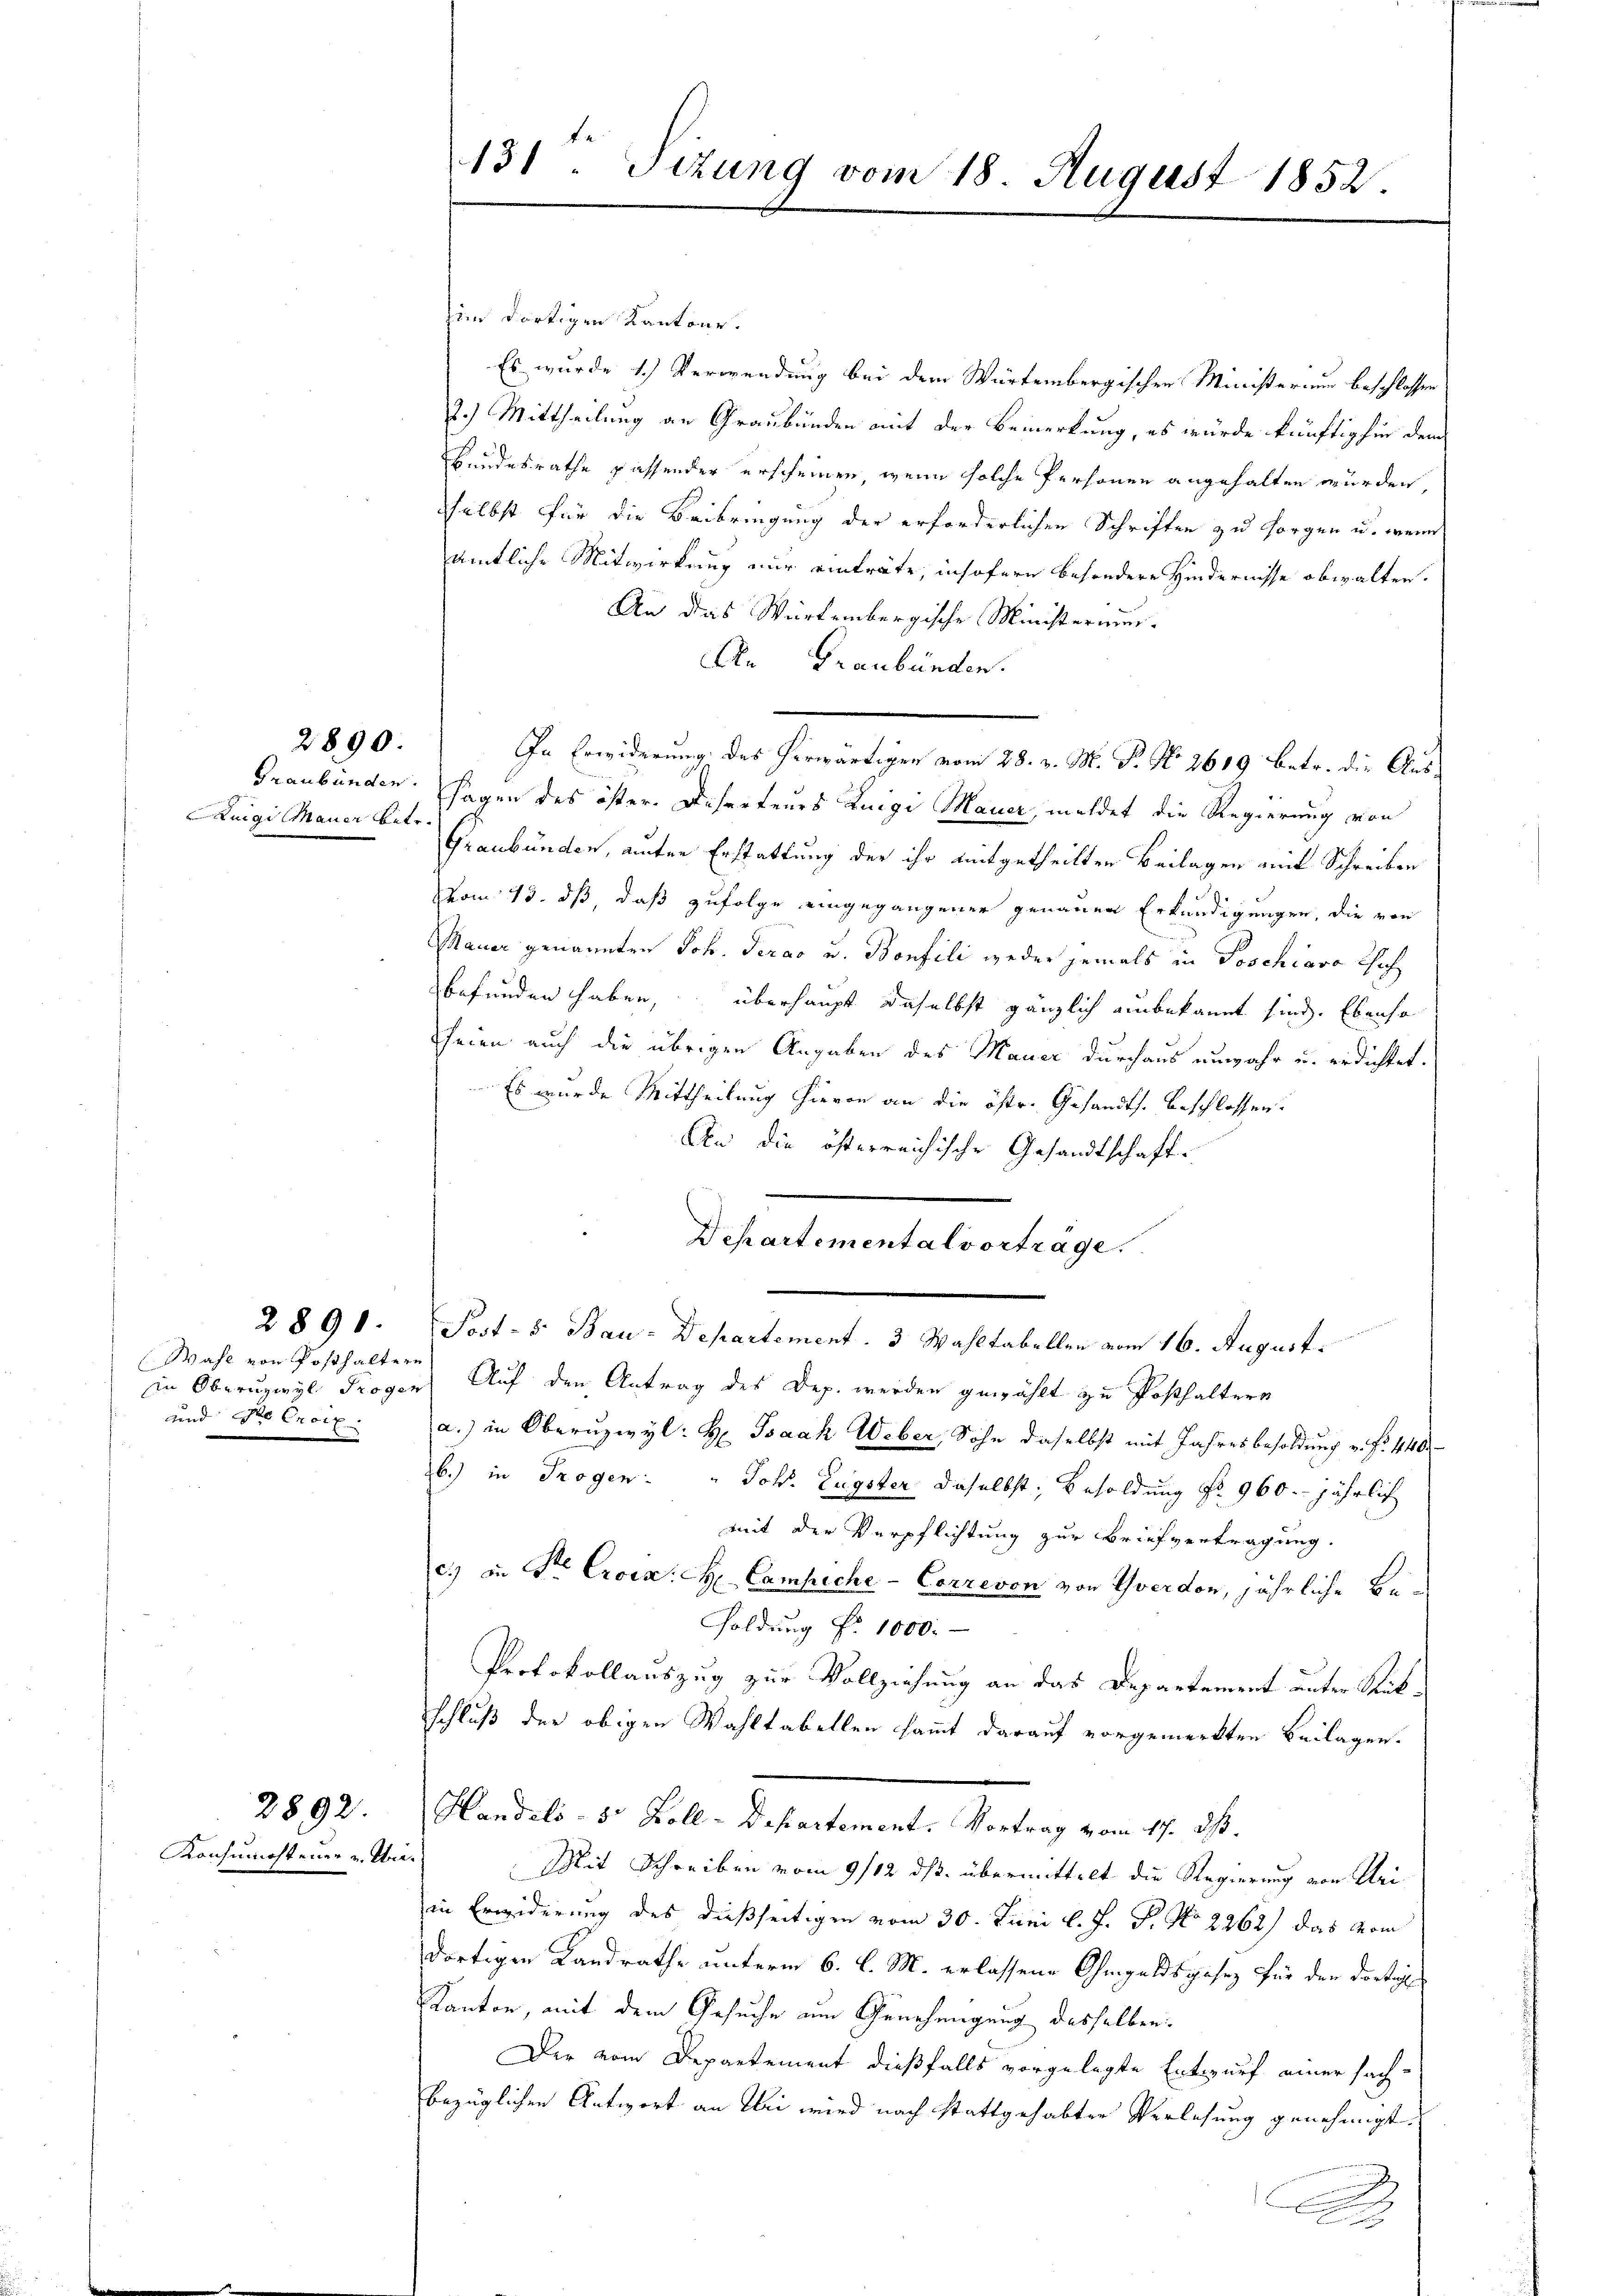
Luigi Mauer betr.

2890.

Wahl von Posthaltern
und der Croix

2891.

2892

Konsumchtener u. Un¬

im dortigen Kantone.
Es wurde 1.) Verwendung bei dem Würtembergischen Ministerium beschlossen
2.) Mittheilung an Graubünden mit der Bemerkung, es würde künftighin dem
Bundesrathe passender erscheinen, wenn solche Personen angehalten wurden,
selbst für die Beibringung der erforderlichen Schriften zu sorgen u. wenn
amtliche Mitwirkung nur einträte, insofern besondere Hindernisse obwalten.
An das Würtembergische Ministerium.
An Graubünden.
In Erwiderung des herwärtigen vom 28. v. M. P. Nr. 2619 betr. die Aus¬
Graubünden. Hagen des öster. Deserteurs Lunge Mauer, meldet die Regierung von
Graubünden, auter Erstattung der ihr mitgetheilten Beilagen amt Schreiben
vom 13. ds, daß zufolge eingegangener genauen Erkundigungen, die von
Mauer genannten Joh. Seras u. Bonfili weder jemals in Poschiavo thoch
befunden haben, überhaupt daselbst gänzlich unbekannt sind. Ebenso
seien auch die übrigen Angaben des Mauer durchaus unwahr u. erdichtet.
Es wurde Mittheilung hievon an die östr. Gesandts. beschlossen:
An die österreichische Gesandtschaft.
Dchartemental vorträge.
Post- & Bau-Departement. 3 Wahltabellen vom 16. August.
in Oberuzwyl Troger Auf den Antrag des Dep. werden gewählt zu Posthalters
a.) in Oberuzwyl: H Isaak Weber, Sohn daselbst mit Jahresbesoldung u. fr. 440
b.) in Trogen: " Joh. Eugster daselbst, Besoldung No 960. jährlich
mit der Verpflichtung zur Briefvertragung.
c.) in Sr. Crois H Campiche - Corresen von Yverdon, jährliche Be¬
Poldung Nr. 1000.
Protokollauszug zur Vollziehung an das Departement unter Rükschluß der obigen Wahltabellen sammt darauf vorgemerkten Beilagen.
Handels- 5 Zoll-Departement. Vortrag vom 17. ds.
Mit Schreiben vom 9/12 ds. übermittelt die Regierung von Uriin Erwiderung des dießseitigen vom 30. Juni l. J. P. No 2262) das vom
dortigen Landrathe unterm 6. l. M. erlassene Ohmgeldsgesez für den dortige
Kanton, mit dem Gesuche um Genehmigung desselben:
Der vom Departement dießfalls vorgelegte Entwurf einer sach-
bezüglichen Antwort an Uri wird nach stattgehabten Verlesung genehmigt.
A

131. Sizung vom 18 August 1852.